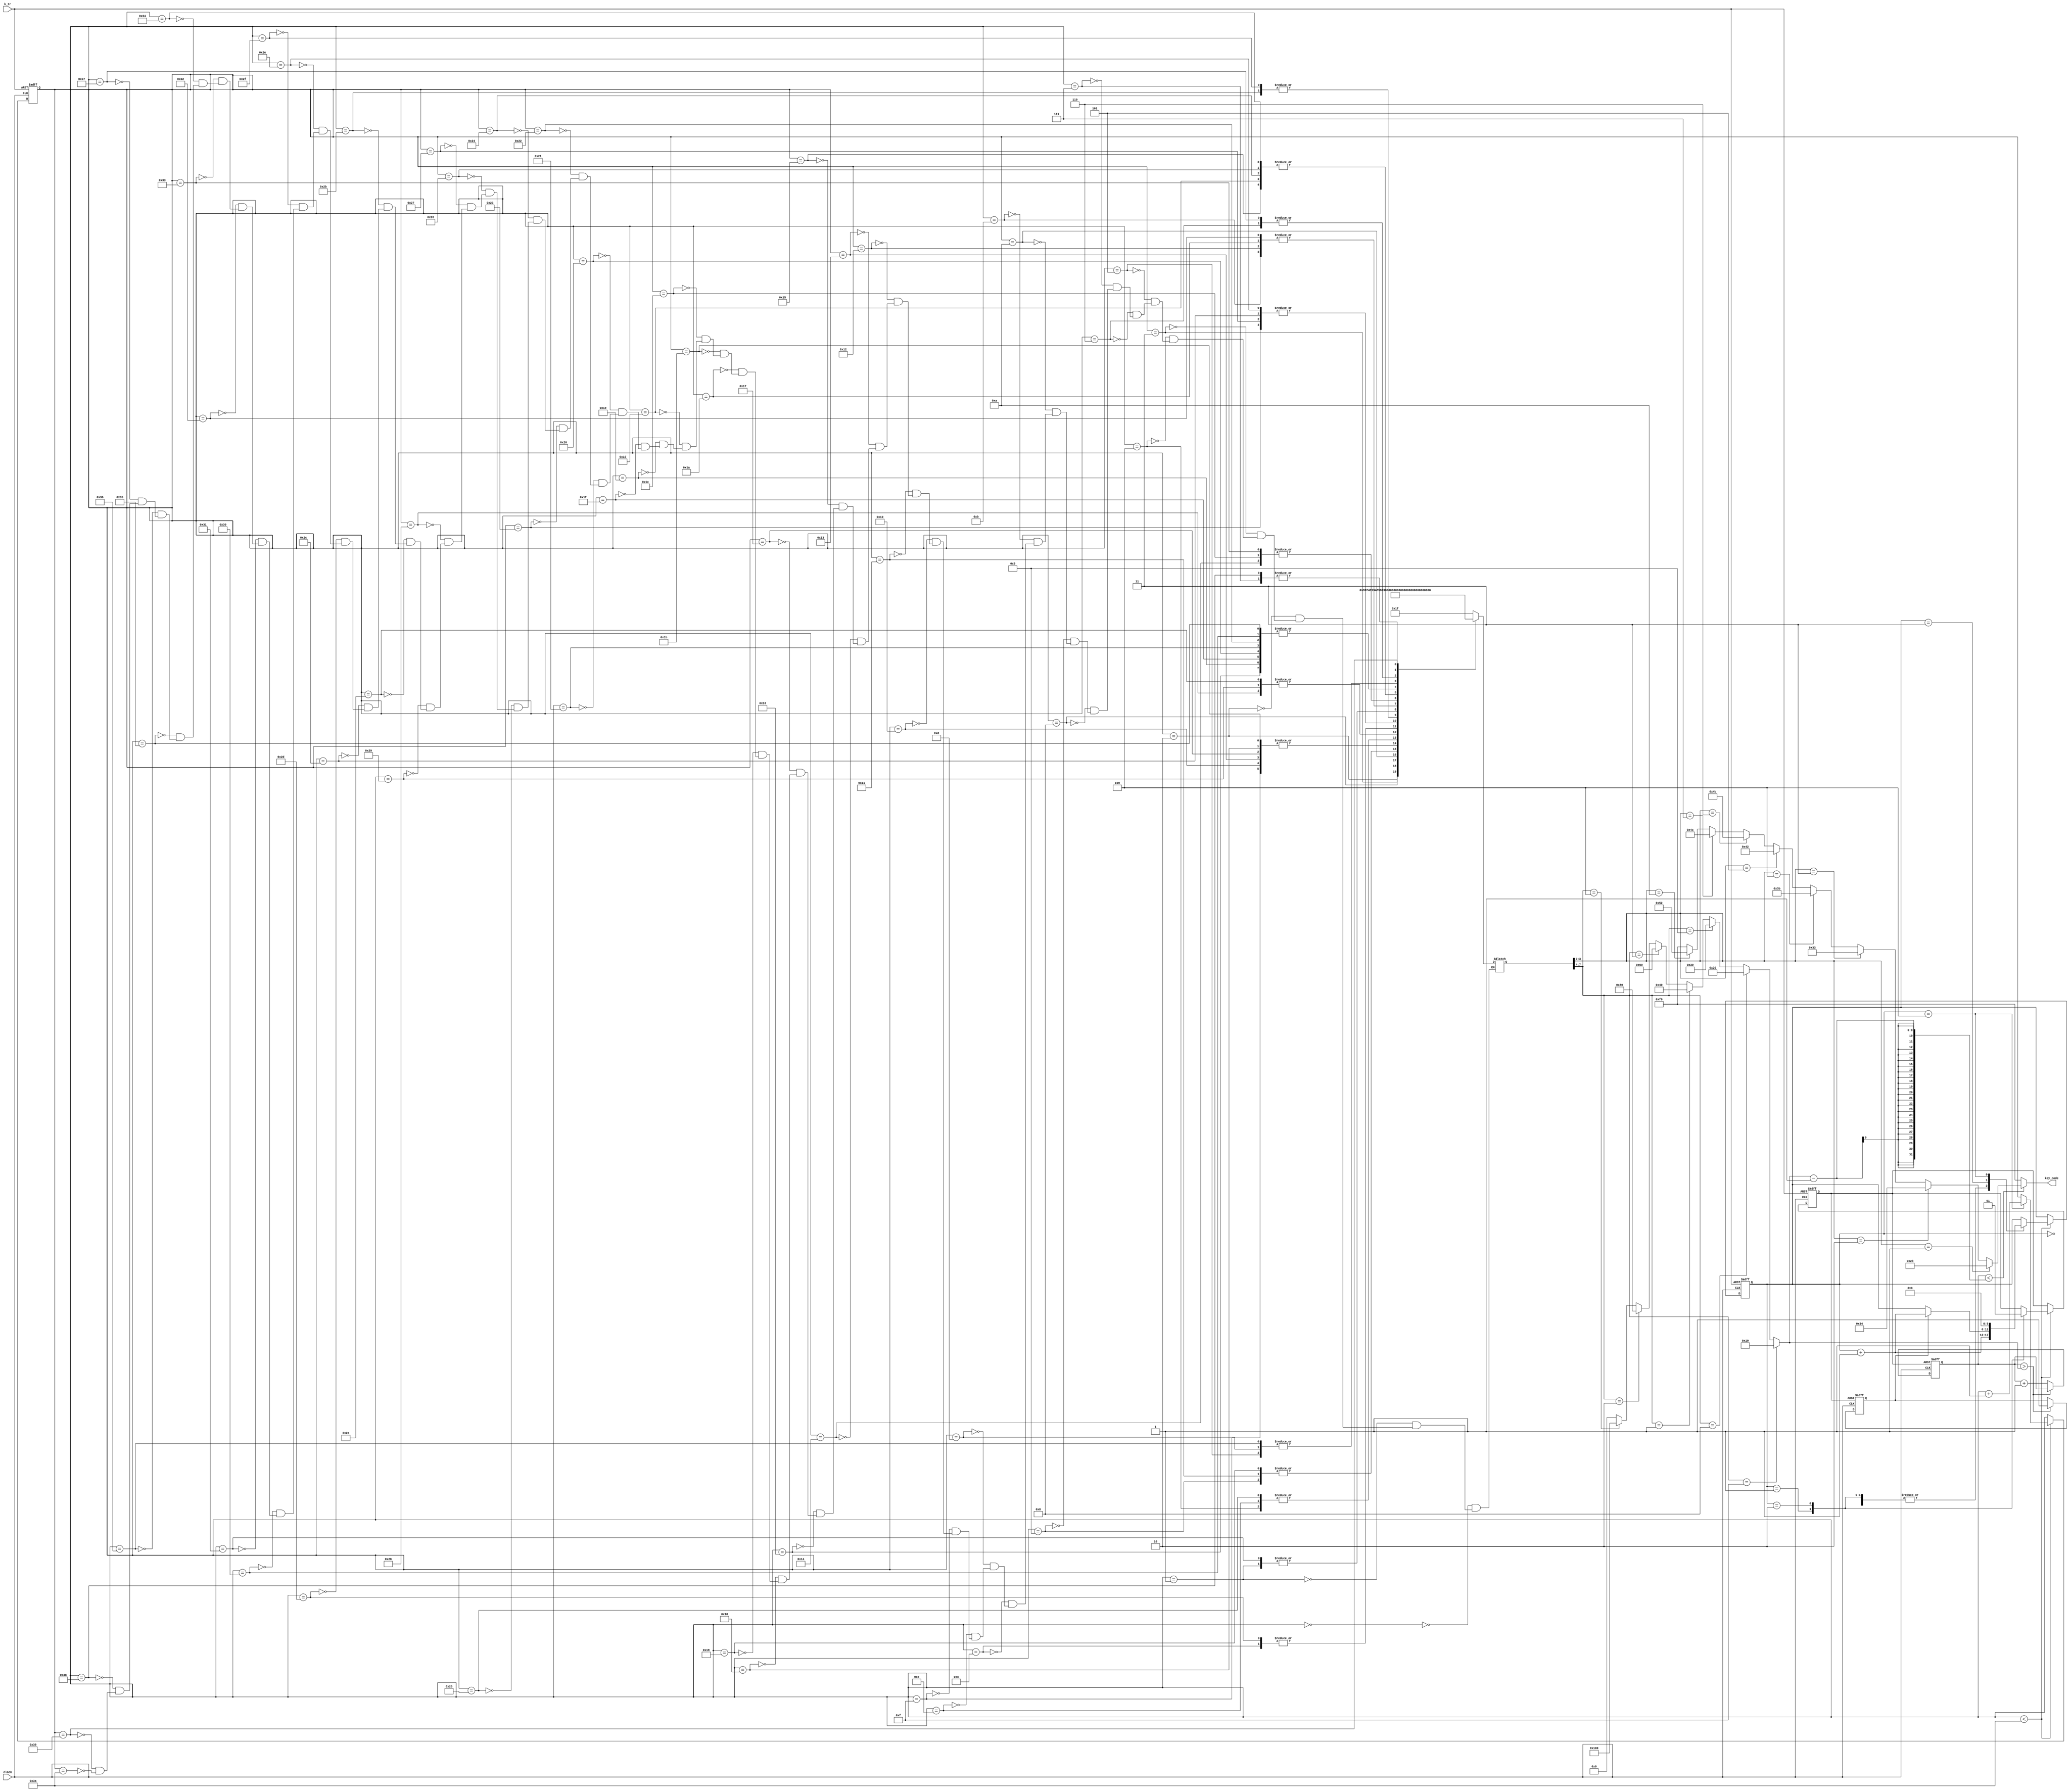
module demo_sound2(
        input clock,
        output [7:0]key_code,
        input k_tr
    );

    reg   [15:0]tmp;
    wire  [15:0]tmpa;
    reg   tr;
    reg   [15:0]step;
    wire  [15:0]step_r;
    reg   [7:0]TT;
    reg   [5:0]st;
    reg   go_end;

    ////////Music Processing////////
    always @(negedge k_tr or posedge clock)
    begin
        if (!k_tr)
        begin
            step=0;
            st=0;
            tr=0;
        end
        else
            if (step<step_r)
            begin
                case (st)
                    0:
                        st=st+1;
                    1:
                    begin
                        tr=0;
                        st=st+1;
                    end
                    2:
                    begin
                        tr=1;
                        st=st+1;
                    end
                    3:
                        if(go_end)
                            st=st+1;
                    4:
                    begin
                        st=0;
                        step=step+1;
                    end
                endcase
            end
    end

    ///////////////  pitch  //////////////////
    wire  [7:0]key_code1=(
              (TT[3:0]==1)?8'h2b:(//1
                  (TT[3:0]==2)?8'h34:(//2
                      (TT[3:0]==3)?8'h33:(//3
                          (TT[3:0]==4)?8'h3b:(//4
                              (TT[3:0]==5)?8'h42:(//5
                                  (TT[3:0]==6)?8'h4b:(//6
                                      (TT[3:0]==7)?8'h4c:(//7
                                          (TT[3:0]==10)?8'h52:(//1
                                              (TT[3:0]==15)?8'hf0:8'hf0
                                          ))))))))
          );

    ///////////////  paddle  ///////////////////
    assign tmpa[15:0]=(
               (TT[7:4]==15)?16'h10:(
                   (TT[7:4]==8)? 16'h20:(
                       (TT[7:4]==9)? 16'h30:(
                           (TT[7:4]==1)? 16'h40:(
                               (TT[7:4]==3)? 16'h60:(
                                   (TT[7:4]==2)? 16'h80:(
                                       (TT[7:4]==4)? 16'h100:0
                                   ))))))
           );

    /////////// note list ///////////
    always @(step)
    begin
        case (step)
            0:
                TT=8'h1f;
            1:
                TT=8'h13;
            2:
                TT=8'h95;
            3:
                TT=8'hf4;
            4:
                TT=8'h33;
            5:
                TT=8'h82;
            6:
                TT=8'h11;
            7:
                TT=8'h17;
            8:
                TT=8'h31;
            9:
                TT=8'h85;
            10:
                TT=8'h34;
            11:
                TT=8'h84;
            12:
                TT=8'h32;
            13:
                TT=8'h82;
            14:
                TT=8'h33;
            15:
                TT=8'h83;
            16:
                TT=8'h83;
            17:
                TT=8'h85;
            18:
                TT=8'h84;
            19:
                TT=8'h83;
            20:
                TT=8'h93;
            21:
                TT=8'hf2;
            22:
                TT=8'h81;
            23:
                TT=8'h83;
            24:
                TT=8'h83;
            25:
                TT=8'h85;
            26:
                TT=8'h84;
            27:
                TT=8'h83;
            28:
                TT=8'h93;
            29:
                TT=8'hf2;
            30:
                TT=8'h81;
            31:
                TT=8'h81;
            32:
                TT=8'h81;
            33:
                TT=8'h81;
            34:
                TT=8'h81;
            35:
                TT=8'hf1;
            36:
                TT=8'hf2;
            37:
                TT=8'h33;
            38:
                TT=8'hf2;
            39:
                TT=8'hf1;
            40:
                TT=8'h87;
            41:
                TT=8'h87;
            42:
                TT=8'h87;
            43:
                TT=8'hf7;
            44:
                TT=8'hf1;
            45:
                TT=8'h32;
            46:
                TT=8'hf1;
            47:
                TT=8'hf7;
            48:
                TT=8'h81;
            49:
                TT=8'h13;
            50:
                TT=8'h84;
            51:
                TT=8'h93;
            52:
                TT=8'hf2;
            53:
                TT=8'h81;
            54:
                TT=8'h82;
            55:
                TT=8'h11;
            56:
                TT=8'h17;
            57:
                TT=8'h21;
            58:
                TT=8'h1f;//end
        endcase
    end
    assign step_r=58;///Total note
    /////////////KEY release & code-out ////////////////
    always @(negedge tr or posedge clock)
    begin
        if(!tr)
        begin
            tmp=0;
            go_end=0 ;
        end
        else if (tmp>tmpa)
            go_end=1;
        else
            tmp=tmp+1;
    end
    assign key_code=(tmp<(tmpa-1))?key_code1:8'hf0;//KEY release//
endmodule